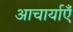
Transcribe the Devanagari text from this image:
आचार्याएँ